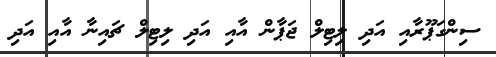
ސިންގަޕޫރާއި އަދި ލިޓިލް ޖަޕާން އާއި އަދި ލިޓިލް ޗައިނާ އާއި އަދި